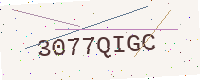
Text: 3077QIGC